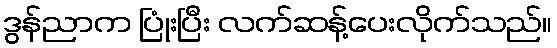
ဒွန်ညာက ပြုံးပြီး လက်ဆန့်ပေးလိုက်သည်။